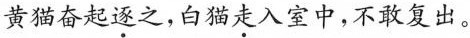
黄猫奋起逐之，白猫走入室中，不敢复出。